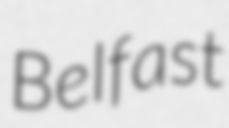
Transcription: Belfast